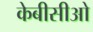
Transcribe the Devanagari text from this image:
केबीसीओ